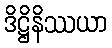
ဒိဋ္ဌိနိဿယာ